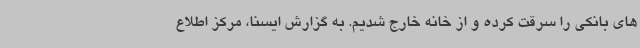
های بانکی را سرقت کرده و از خانه خارج شدیم. به گزارش ایسنا، مرکز اطلاع